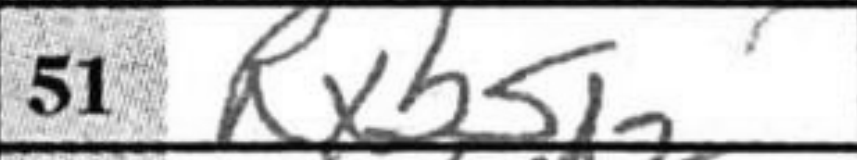
Transcription: Rxb5